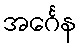
အင်္ဂေန